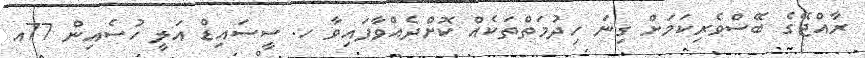
ރާއްޖޭގެ ބޭސްވެރިކަމަށް ގިނަ ހިދުމަތްތަކެއް ކޮށްދެއްވާފައިވާ ހ. ސީސައިޑް އަލީ ހުސެއިން 77އ